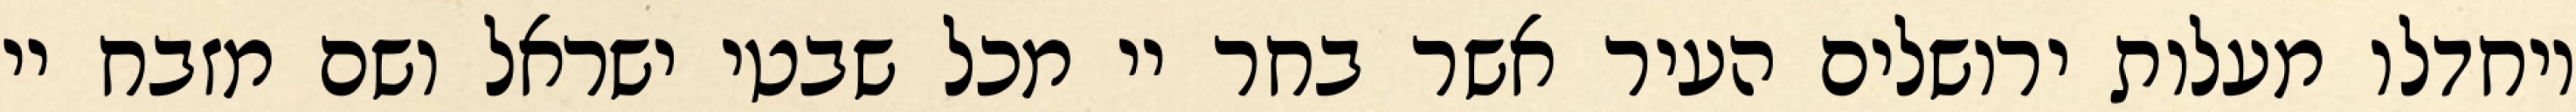
ויחדלו מעלות ירושלים העיר אשר בחר יי מכל שבטי ישראל ושם מזבח יי